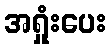
အရှုံးပေး